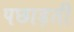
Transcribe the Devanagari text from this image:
पछाड़ती